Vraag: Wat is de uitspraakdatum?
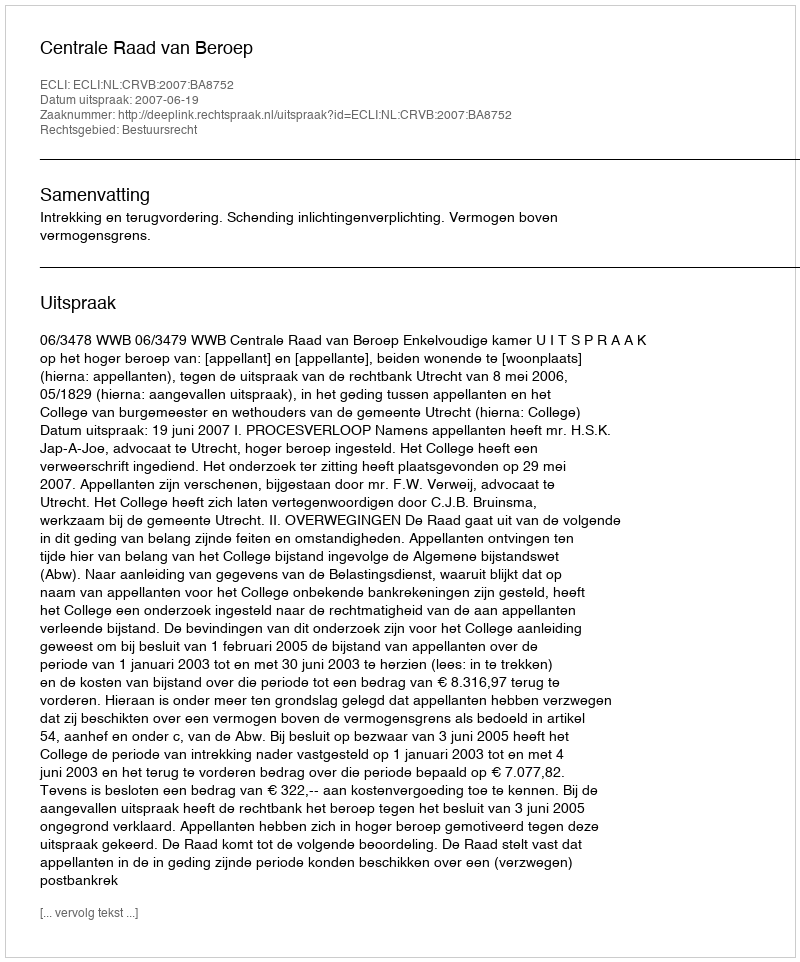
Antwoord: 2007-06-19